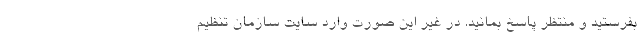
بفرستید و منتظر پاسخ بمانید. در غیر این صورت وارد سایت سازمان تنظیم